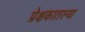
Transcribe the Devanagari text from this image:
प्रेक्षकातल्या